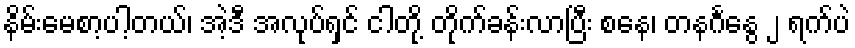
နိမ်းမေစာ့ပါ့တယ်၊ အဲ့ဒီ အလုပ်ရှင် ငါတို့ တိုက်ခန်းလာပြီး စနေ၊ တနင်္ဂနွေ ၂ ရက်ပဲ